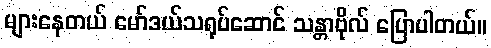
များနေတယ် မော်ဒယ်သရုပ်ဆောင် သန္တာဗိုလ် ပြောပါတယ်။